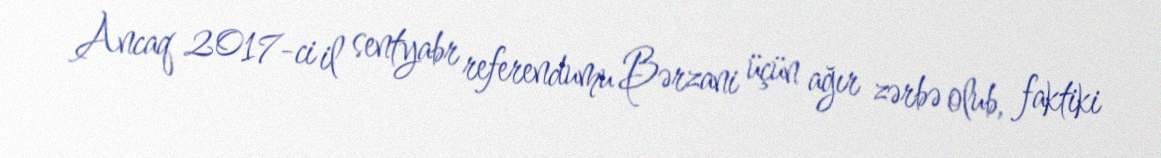
Ancaq 2017-ci il sentyabr referendumu Bərzani üçün ağır zərbə olub, faktiki